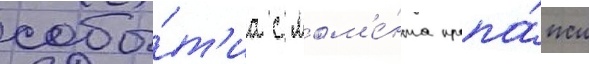
собы́т'иа с мом'е́нта пропа́жи